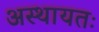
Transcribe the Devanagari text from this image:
अस्थायतः